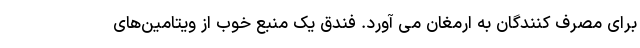
برای مصرف کنندگان به ارمغان می آورد. فندق یک منبع خوب از ویتامین‌های